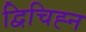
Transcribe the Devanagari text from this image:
द्विचिह्न